Report on the lunatic asylums under the Government of Bombay - 1904-1913
Year: 1904
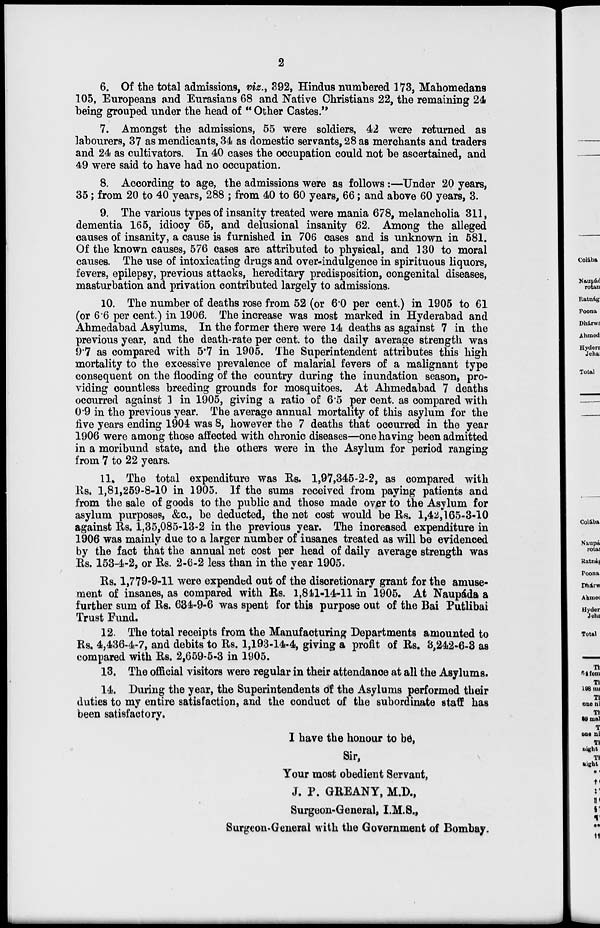
2
6. Of the total admissions, viz., 392, Hindus numbered 173, Mahomedans
105, Europeans and Eurasians 68 and Native Christians 22, the remaining 24
being grouped under the head of "Other Castes.''
7. Amongst the admissions, 55 were soldiers, 42 were returned as
labourers, 37 as mendicants, 34 as domestic servants, 28 as merchants and traders
and 24 as cultivators. In 40 cases the occupation could not be ascertained, and
49 were said to have had no occupation.
8. According to age, the admissions were as follows:—Under 20 years,
35; from 20 to 40 years, 288 ; from 40 to 60 years, 66; and above 60 years, 3.
9. The various types of insanity treated were mania 678, melancholia 311,
dementia 165, idiocy 65, and delusional insanity 62. Among the alleged
causes of insanity, a cause is furnished in 706 cases and is unknown in 581.
Of the known causes, 576 cases are attributed to physical, and 130 to moral
causes. The use of intoxicating drugs and over-indulgence in spirituous liquors,
fevers, epilepsy, previous attacks, hereditary predisposition, congenital diseases,
masturbation and privation contributed largely to admissions.
10. The number of deaths rose from 52 (or 6.0 per cent.) in 1905 to 61
(or 6.6 per cent.) in 1906. The increase was most marked in Hyderabad and
Ahmedabad Asylums. In the former there were 14 deaths as against 7 in the
previous year, and the death-rate per cent. to the daily average strength was
9.7 as compared with 5.7 in 1905. The Superintendent attributes this high
mortality to the excessive prevalence of malarial fevers of a malignant type
consequent on the flooding of the country during the inundation season, pro-
viding countless breeding grounds for mosquitoes. At Ahmedabad 7 deaths
occurred against 1 in 1905, giving a ratio of 6.5 per cent. as compared with
0.9 in the previous year. The average annual mortality of this asylum for the
five years ending 1904 was 8, however the 7 deaths that occurred in the year
1906 were among those affected with chronic diseases—one having been admitted
in a moribund state, and the others were in the Asylum for period ranging
from 7 to 22 years.
11. The total expenditure was Rs. 1,97,345-2-2, as compared with
Rs. 1,81,259-8-10 in 1905. If the sums received from paying patients and
from the sale of goods to the public and those made over to the Asylum for
asylum purposes, &c, be deducted, the net cost would be Rs. 1,42,165-3-10
against Rs. 1,35,085-13-2 in the previous year. The increased expenditure in
1906 was mainly due to a larger number of insanes treated as will be evidenced
by the fact that the annual net cost per head of daily average strength was
Rs. 153-4-2, or Rs. 2-6-2 less than in the year 1905.
Rs. 1,779-9-11 were expended out of the discretionary grant for the amuse-
ment of insanes, as compared with Rs. 1,841-14-11 in 1905. At Naupáda a
further sum of Rs. 634-9-6 was spent for this purpose out of the Bai Putlibai
Trust Fund.
12. The total receipts from the Manufacturing Departments amounted to
Rs. 4,436-4-7, and debits to Rs. 1,193-14-4, giving a profit of Rs. 3,242-6-3 as
compared with Rs. 2,659-5-3 in 1905.
13. The official visitors were regular in their attendance at all the Asylums.
14. During the year, the Superintendents of the Asylums performed their
duties to my entire satisfaction, and the conduct of the subordinate staff has
been satisfactory.
I have the honour to be,
Sir,
Your most obedient Servant,
J. P. GREANY, M.D.,
Surgeon-General, I.M.S.,
Surgeon-General with the Government of Bombay.